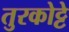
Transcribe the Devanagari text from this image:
तुरकोट्टे